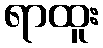
ရာထူး